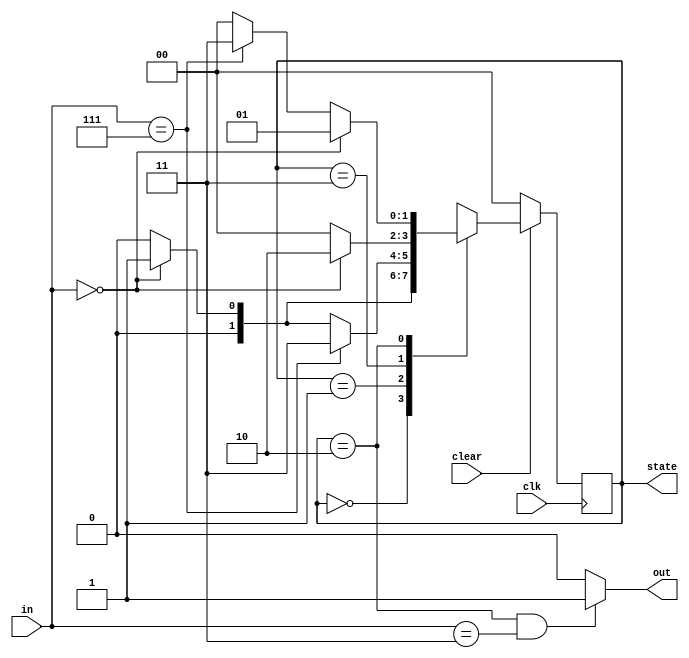
module mealy_golden(out,state,in,clk,clear);
  input	[2:0]	in;
  input clk;
  input clear;
  output out;
  output reg [1:0] 	state;
  reg [1:0] 	next_state;

  parameter s0=2'b00;
  parameter s1=2'b01;
  parameter s2=2'b11;
  parameter s3=2'b10;

always @(state or in) begin
  case (state)
    s0:
      if (in==3'd0)
		next_state = s1;
      else
		next_state = s0;
		
    s1:
      if (in==3'd7)
		next_state = s2;
      else if (in==3'd0)
		next_state = s1;
		  else
		next_state = s0;
		
    s2:
      if (in==3'd0)
		next_state = s3;
      else
		next_state = s0;
		
    s3:
      if (in==3'd0)
    next_state = s1;
      else if (in==3'd7)
    next_state = s2;
      else
		next_state = s0;
    default:
      next_state = s0;
  endcase 
  end
always @(posedge clk) begin
  if (clear == 0)
    state <= s0;
  else
    state <= next_state;
  end
assign out = (state == s3 && in == 3) ? 1: 0;

endmodule